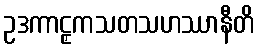
ဥဒကာဠှကသတသဟဿာနီတိ